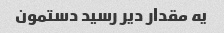
یه مقدار دیر رسید دستمون